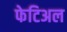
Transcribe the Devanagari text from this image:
फेटिअल